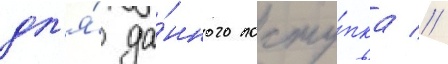
дл'я́ да́нного посту́пка //